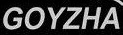
GOYZHA